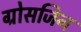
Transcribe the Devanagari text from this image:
ग्रोसजिन